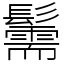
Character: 䰑